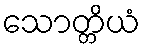
သောတ္တိယံ